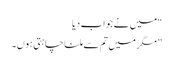
“میں نے جواب دیا
” مگر میں تم سے ملنا چاہتی ہوں۔